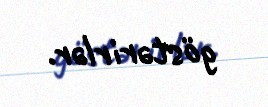
göstərirlər.